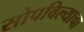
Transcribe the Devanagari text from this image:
सोपविल्याचा